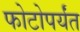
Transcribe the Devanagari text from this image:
फोटोपर्यंत